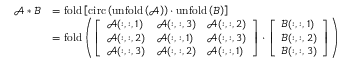
\begin{array} { r l } { \mathcal { A } \ast \mathcal { B } } & { = \mathrm { f o l d } \left[ \mathrm { c i r c } \left( \mathrm { u n f o l d \left( \mathcal { A } \right) } \right) \cdot \mathrm { u n f o l d \left( \mathcal { B } \right) } \right] } \\ & { = \mathrm { f o l d } \left( \left[ \begin{array} { l l l } { \mathcal { A } ( : , : , 1 ) } & { \mathcal { A } ( : , : , 3 ) } & { \mathcal { A } ( : , : , 2 ) } \\ { \mathcal { A } ( : , : , 2 ) } & { \mathcal { A } ( : , : , 1 ) } & { \mathcal { A } ( : , : , 3 ) } \\ { \mathcal { A } ( : , : , 3 ) } & { \mathcal { A } ( : , : , 2 ) } & { \mathcal { A } ( : , : , 1 ) } \end{array} \right] \cdot \left[ \begin{array} { l } { \mathcal { B } ( : , : , 1 ) } \\ { \mathcal { B } ( : , : , 2 ) } \\ { \mathcal { B } ( : , : , 3 ) } \end{array} \right] \right) } \end{array}